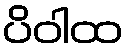
ပိဝါထ